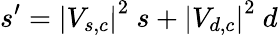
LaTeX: s^{\prime}=\left|V_{s,c}\right|^{2}\ s+\left|V_{d,c}\right|^{2}\ d